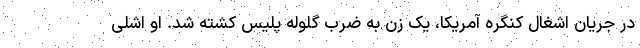
در جریان اشغال کنگره آمریکا، یک زن به ضرب گلوله پلیس کشته شد. او اشلی